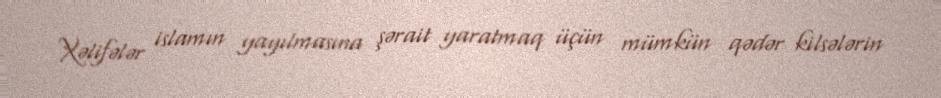
Xəlifələr islamın yayılmasına şərait yaratmaq üçün mümkün qədər kilsələrin